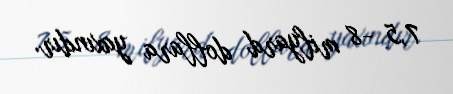
7,5 -8 milyard dollara yaxındır.